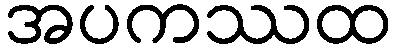
အပကဿထ